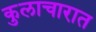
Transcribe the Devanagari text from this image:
कुलाचारात